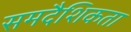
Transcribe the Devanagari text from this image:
समदैशिकता